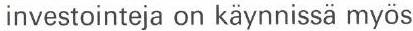
investointeja on käynnissä myös